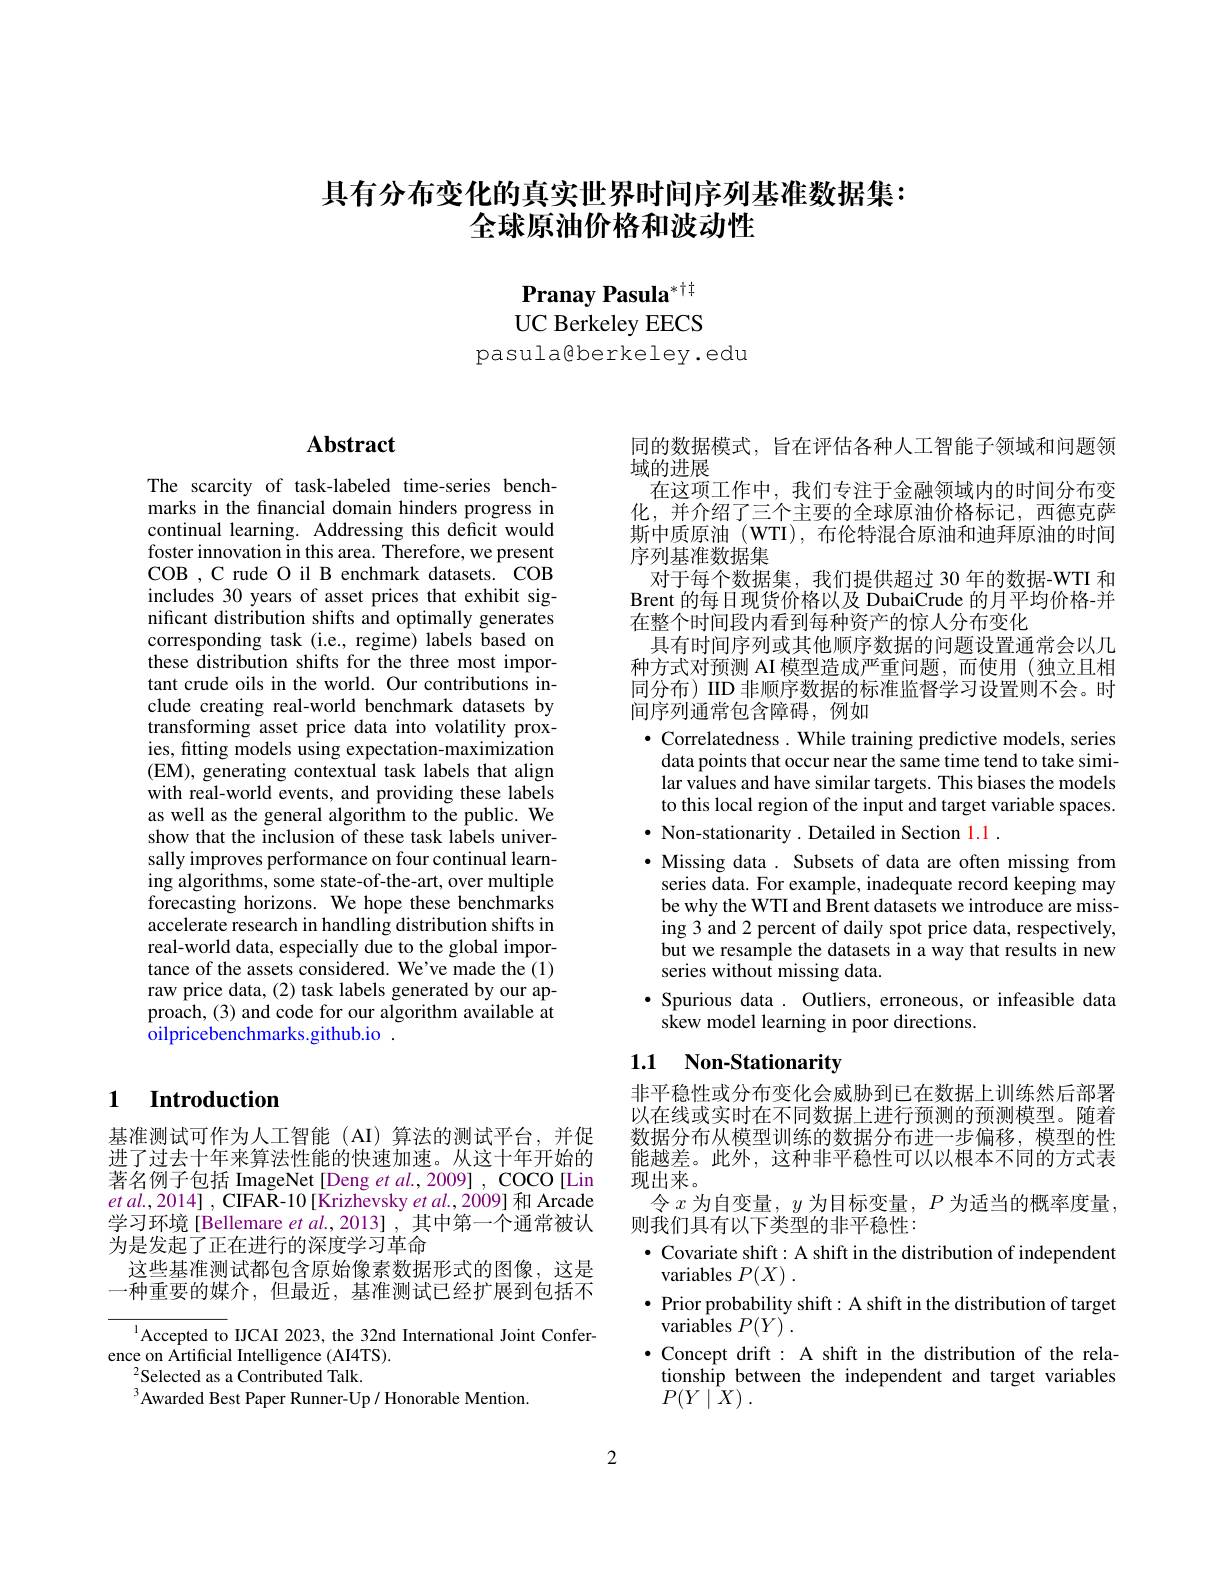
## 具有分布变化的真实世界时间序列基准数据集： 全球原油价格和波动性

Pranay Pasula$^{*\dagger\dagger}$ UC Berkeley EECS
pasula@berkeley.edu

# $\mathbf{Abstract}$

The scarcity of task-labeled time-series benchmarks in the fnancial domain hinders progress in continual learning. Addressing this deficit would foster innovation in this area. Therefore, we present COB , C rude O il B enchmark datasets. COB includes 30 years of asset prices that exhibit significant distribution shifts and optimally generates corresponding task (i.e., regime) labels based on these distribution shifts for the three most important crude oils in the world. Our contributions include creating real-world benchmark datasets by transforming asset price data into volatility proxies, fitting models using expectation-maximization (EM), generating contextual task labels that align with real-world events, and providing these labels as well as the general algorithm to the public. We show that the inclusion of these task labels universally improves performance on four continual learning algorithms, some state-of-the-art, over multiple forecasting horizons. We hope these benchmarks accelerate research in handling distribution shifts in real-world data, especially due to the global importance of the assets considered. We've made the (1) raw price data, (2) task labels generated by our approach, (3) and code for our algorithm available at oilpricebenchmarks.github.io .

## 1 Introduction

基准测试可作为人工智能(AI)算法的测试平台，并促进了过去十年来算法性能的快速加速。从这十年开始的著名例子包括 ImageNet [Deng et al.,2009] , COCO[Lin $etal. , 2014] , $CIFAR- 10 [ Krizhevsky et al. , 2009] 和 Arcade 学习环境[Bellemare $etal.,2013]$,其中第一个通常被认为是发起了正在进行的深度学习革命
这些基准测试都包含原始像素数据形式的图像，这是一种重要的媒介，但最近，基准测试已经扩展到包括不

$^{1}$Accepted to IJCAI 2023, the 32nd International Joint Confer-
ence on Artificial Intelligence (AI4TS).
$^{2}$Selected as a Contributed Talk.
$^{3}$Awarded Best Paper Runner-Up/ Honorable Mention.

同的数据模式，旨在评估各种人工智能子领域和问题领
域的进展
在这项工作中，我们专注于金融领域内的时间分布变化，并介绍了三个主要的全球原油价格标记，西德克萨斯中质原油(WTI), 布伦特混合原油和迪拜原油的时间序列基准数据集
对于每个数据集，我们提供超过 30 年的数据-WTI 和Brent 的每日现货价格以及 DubaiCrude 的月平均价格-并在整个时间段内看到每种资产的惊人分布变化
具有时间序列或其他顺序数据的问题设置通常会以几种方式对预测 AI 模型造成严重问题，而使用(独立且相同分布)IID 非顺序数据的标准监督学习设置则不会。时间序列通常包含障碍，例如
$\bullet$ Correlatedness. While training predictive models, series
data points that occur near the same time tend to take similar values and have similar targets. This biases the models to this local region of the input and target variable spaces.
$\bullet$ Non-stationarity. Detailed in Section 1.1.
· Missing data . Subsets of data are often missing from series data. For example, inadequate record keeping may be why the WTI and Brent datasets we introduce are missing 3 and 2 percent of daily spot price data, respectively, but we resample the datasets in a way that results in new series without missing data.
·Spurious data . Outliers, erroneous, or infeasible data
skew model learning in poor directions.

## 1.1 Non-Stationarity

非平稳性或分布变化会威胁到已在数据上训练然后部署以在线或实时在不同数据上进行预测的预测模型。随着数据分布从模型训练的数据分布进一步偏移，模型的性能越差。此外，这种非平稳性可以以根本不同的方式表现出来。
令$x$为自变量，$y$为目标变量，$P$为适当的概率度量，
则我们具有以下类型的非平稳性：
$\bullet$ Covariate shift: A shift in the distribution of independent
variables $P( X)$ .
$\bullet$ Prior probability shift: A shift in the distribution of target
variables $P( Y)$ .
$\bullet$ Concept drift : A shift in the distribution of the relationship between the independent and target variables $P( Y\mid \tilde{X} )$ .

2